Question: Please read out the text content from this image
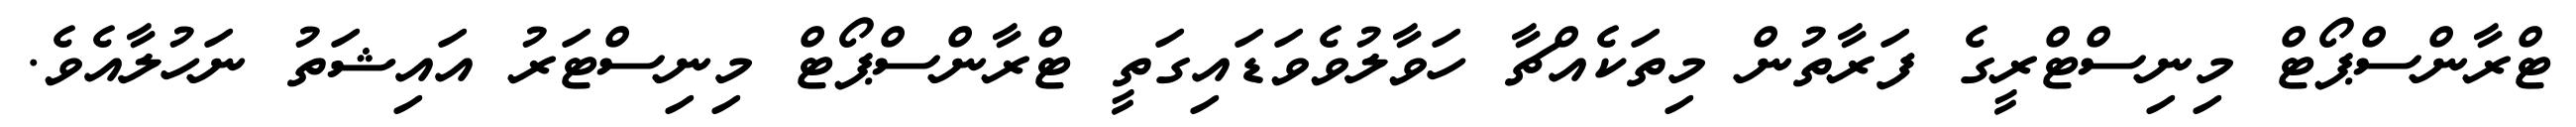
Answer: ޓްރާންސްޕޯޓް މިނިސްޓްރީގެ ފަރާތުން މިތަކެއްޗާ ހަވާލުވެވަޑައިގަތީ ޓްރާންސްޕޯޓް މިނިސްޓަރު އައިޝަތު ނަހުލާއެވެ.